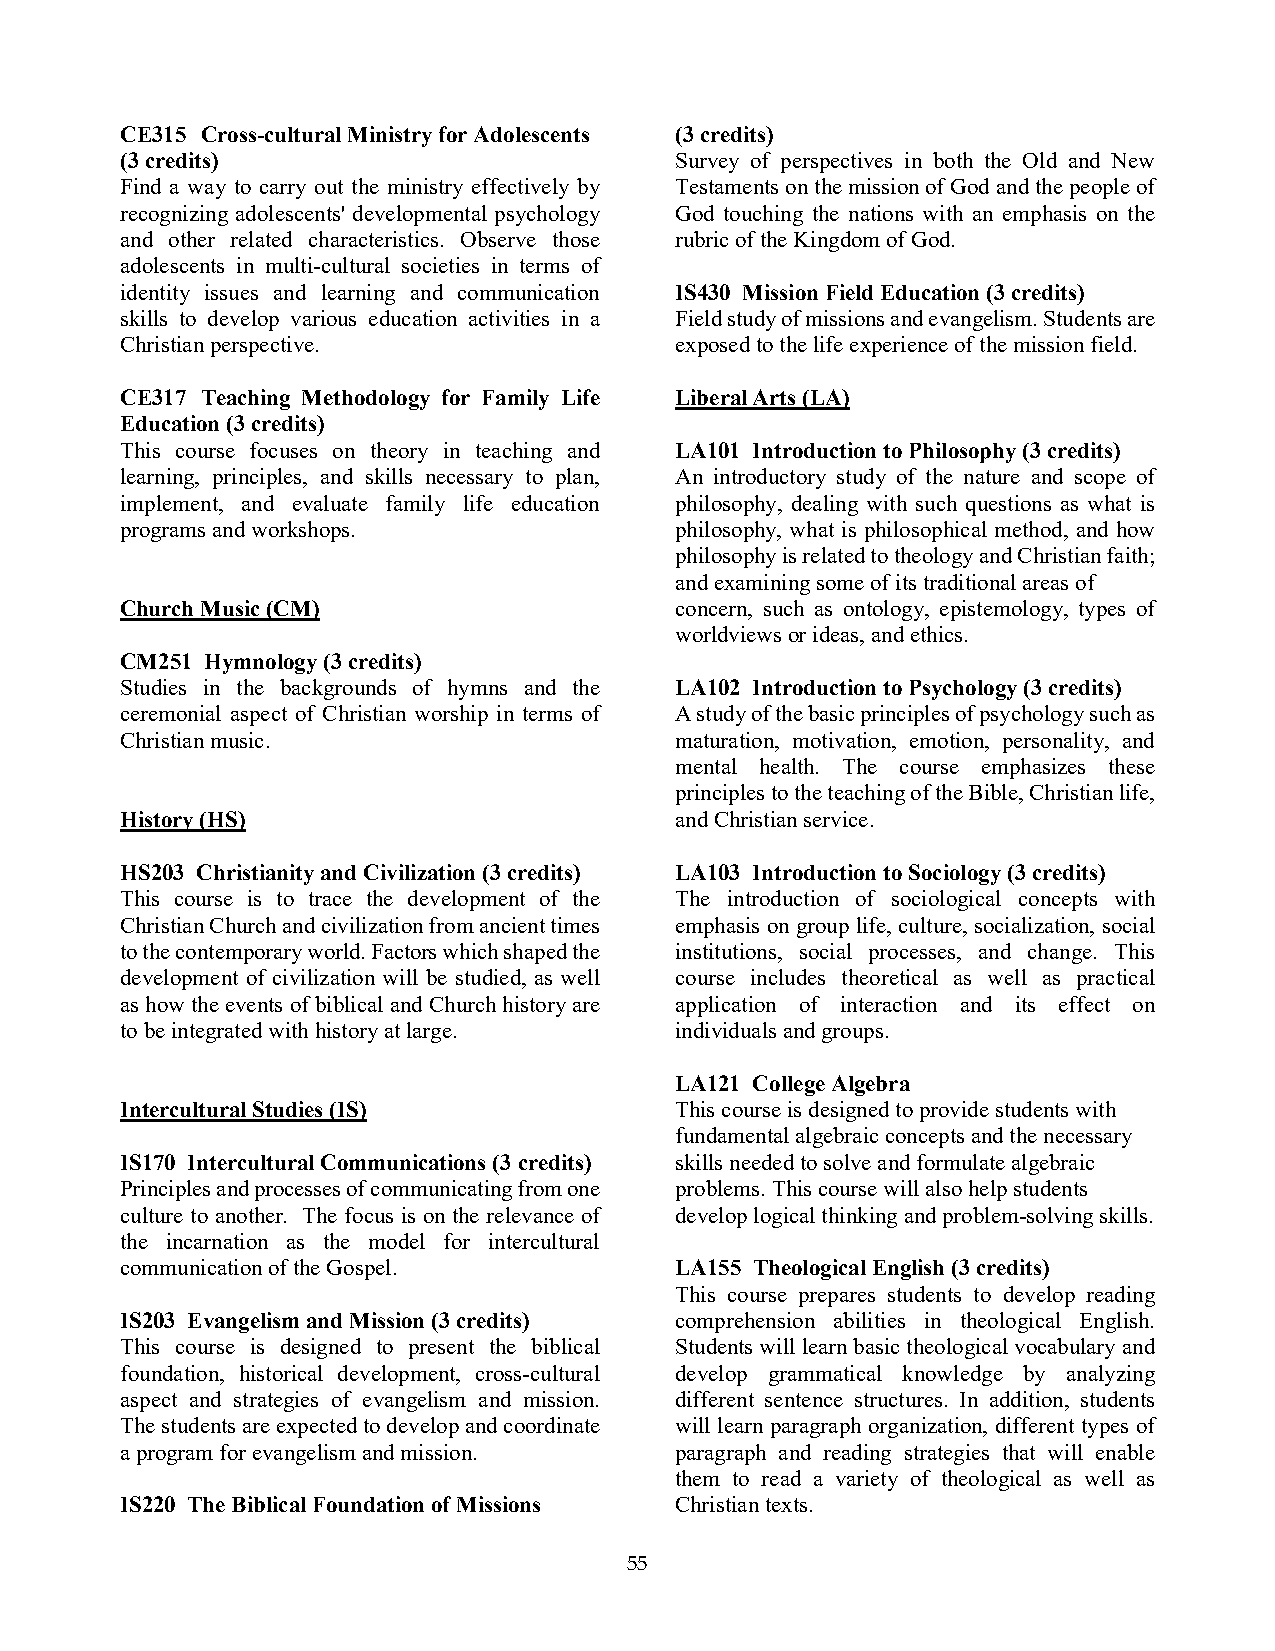
CE315 Cross-cultural Ministry for Adolescents (3 credits)
 (3 credits)                          Survey of perspectives in both the Old and New
 Find a way to carry out the ministry effectively by Testaments on the mission of God and the people of
 recognizing adolescents' developmental psychology God touching the nations with an emphasis on the
 and other related characteristics. Observe those rubric of the Kingdom of God.
 adolescents in multi-cultural societies in terms of
 identity issues and learning and communication IS430 Mission Field Education (3 credits)
 skills to develop various education activities in a Field study of missions and evangelism. Students are
 Christian perspective.               exposed to the life experience of the mission field.
 CE317 Teaching Methodology for Family Life Liberal Arts (LA)
 Education (3 credits)
 This course focuses on theory in teaching and LA101 Introduction to Philosophy (3 credits)
 learning, principles, and skills necessary to plan, An introductory study of the nature and scope of
 implement, and evaluate family life education philosophy, dealing with such questions as what is
 programs and workshops.              philosophy, what is philosophical method, and how
 philosophy is related to theology and Christian faith;
 and examining some of its traditional areas of
 Church Music (CM)                    concern, such as ontology, epistemology, types of
 worldviews or ideas, and ethics.
 CM251 Hymnology (3 credits)
 Studies in the backgrounds of hymns and the LA102 Introduction to Psychology (3 credits)
 ceremonial aspect of Christian worship in terms of A study of the basic principles of psychology such as
 Christian music.                     maturation, motivation, emotion, personality, and
 mental health. The course emphasizes these
 principles to the teaching of the Bible, Christian life,
 History (HS)                         and Christian service.
 HS203 Christianity and Civilization (3 credits) LA103 Introduction to Sociology (3 credits)
 This course is to trace the development of the The introduction of sociological concepts with
 Christian Church and civilization from ancient times emphasis on group life, culture, socialization, social
 to the contemporary world. Factors which shaped the institutions, social processes, and change. This
 development of civilization will be studied, as well course includes theoretical as well as practical
 as how the events of biblical and Church history are application of interaction and its effect on
 to be integrated with history at large. individuals and groups.
 LA121 College Algebra
 Intercultural Studies (IS)           This course is designed to provide students with
 fundamental algebraic concepts and the necessary
 IS170 Intercultural Communications (3 credits) skills needed to solve and formulate algebraic
 Principles and processes of communicating from one problems. This course will also help students
 culture to another. The focus is on the relevance of develop logical thinking and problem-solving skills.
 the incarnation as the model for intercultural
 communication of the Gospel.         LA155 Theological English (3 credits)
 This course prepares students to develop reading
 IS203 Evangelism and Mission (3 credits) comprehension abilities in theological English.
 This course is designed to present the biblical Students will learn basic theological vocabulary and
 foundation, historical development, cross-cultural develop grammatical knowledge by analyzing
 aspect and strategies of evangelism and mission. different sentence structures. In addition, students
 The students are expected to develop and coordinate will learn paragraph organization, different types of
 a program for evangelism and mission. paragraph and reading strategies that will enable
 them to read a variety of theological as well as
 IS220 The Biblical Foundation of Missions Christian texts.
 55